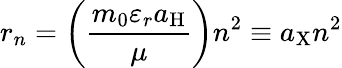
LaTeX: r_{n}=\left({\frac{m_{0}\varepsilon_{r}a_{\mathrm{H}}}{\mu}}\right)n^{2}\equiv a_{\mathrm{X}}n^{2}